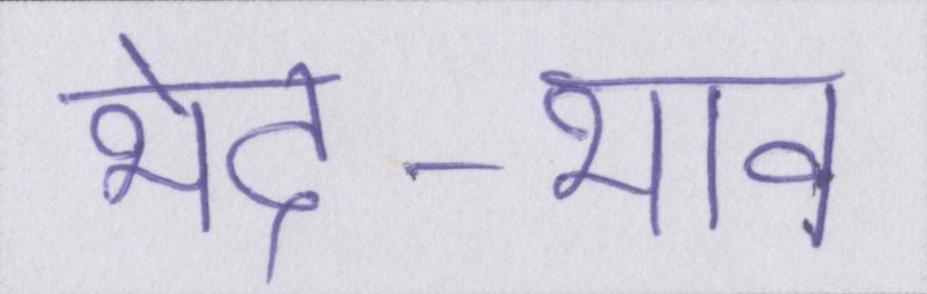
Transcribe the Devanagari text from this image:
भेद-भाव